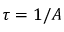
\tau = 1 / A